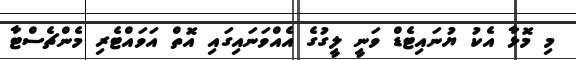
މި މޮޅާ އެކު ޔުނައިޓެޑް ވަނީ ލީގުގެ އެއްވަނައިގައި އޮތް އަވައްޓެރި މެންޗެސްޓާ